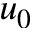
u _ { 0 }